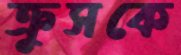
ক্রুসকে